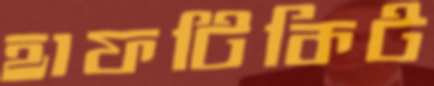
হাফটিকিট